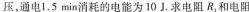
压，通电1.5min消耗的电能为10J.求电阻R_{1}和电阻